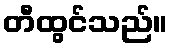
တီထွင်သည်။